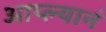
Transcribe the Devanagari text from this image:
आप्ल्यानं